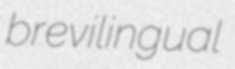
brevilingual